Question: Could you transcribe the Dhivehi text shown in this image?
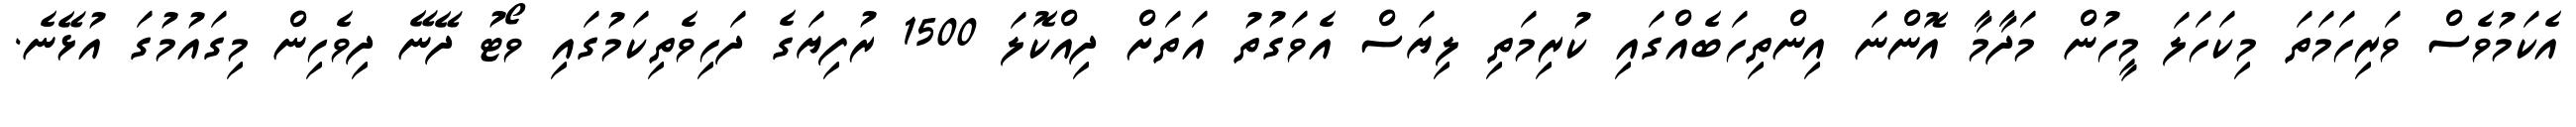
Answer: އެކަމުވެސް ވަރިހަމަތަ މިކަހަލަ މީހުން މަދާމާ އޮންނަ އިންތިހަބެއްގައި ކުރިމަތި ލިޔަސް އެވަގުތު އަތަށް ދިއްކޮލަ 1500 ރުފިޔަގެ ދަހިވެތިކަމުގައި ވޯޓު ދޭނޭ ދިވެހިން މިގައުމުގަ އުޅޭނެ.